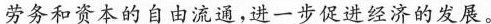
劳务和资本的自由流通，进一步促进经济的发展。